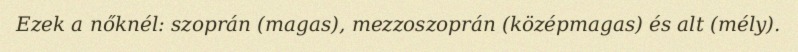
Ezek a nőknél: szoprán (magas), mezzoszoprán (középmagas) és alt (mély).